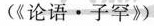
(《论语·子罕》)